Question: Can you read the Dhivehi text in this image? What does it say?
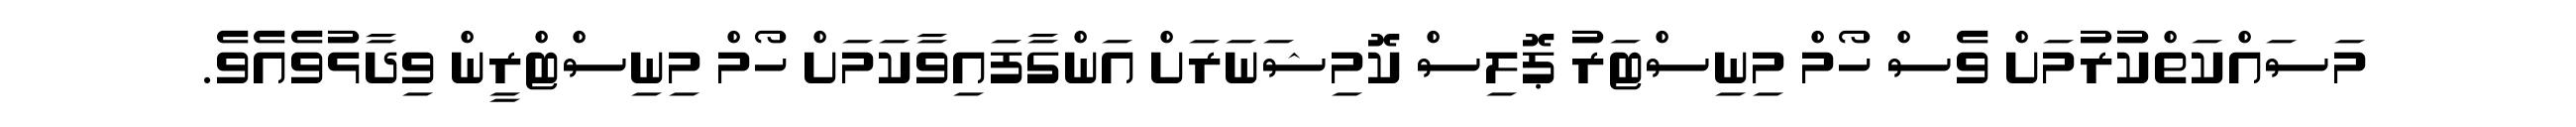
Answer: މަސައްކަތްކުރުމަށް ވެސް ހޯމް މިނިސްޓަރު ޕޮލިސް ކޮމިޝަނަރަށް އަންގާފައިވާކަމަށް ހޯމް މިނިސްޓްރީން ވިދާޅުވެއެވެ.